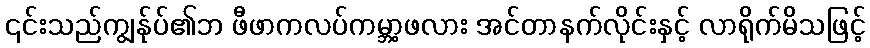
၎င်းသည်ကျွန်ုပ်၏ဘ ဖီဖာကလပ်ကမ္ဘာ့ဖလား အင်တာနက်လိုင်းနှင့် လာရိုက်မိသဖြင့်